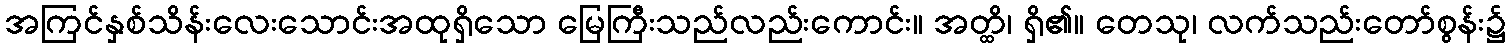
အကြင်နှစ်သိန်းလေးသောင်းအထုရှိသော မြေကြီးသည်လည်းကောင်း။ အတ္ထိ၊ ရှိ၏။ တေသု၊ လက်သည်းတော်စွန်း၌